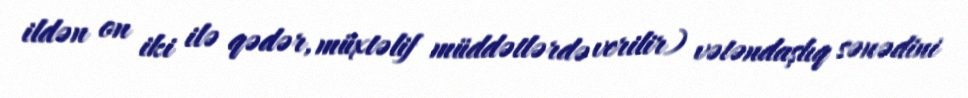
ildən on iki ilə qədər, müxtəlif müddətlərdə verilir) vətəndaşlıq sənədini